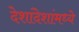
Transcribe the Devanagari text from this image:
देशांदेशांमध्ये